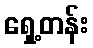
ရှေ့တန်း